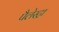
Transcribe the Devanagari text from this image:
पैलेस्ट्रा